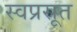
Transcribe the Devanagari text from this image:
स्वप्रसूत